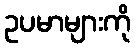
ဥပမာများကို